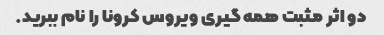
دو اثر مثبت همه گیری ویروس کرونا را نام ببرید.